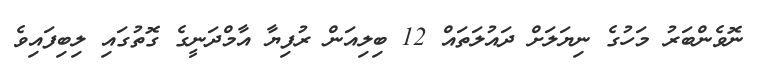
ނޮވެންބަރު މަހުގެ ނިޔަލަށް ދައުލަތައް 12 ބިލިއަން ރުފިޔާ އާމްދަނީގެ ގޮތުގައި ލިބިފައިވެ